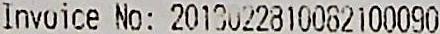
INVOICE NO: 2018022810082100090